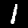
Digit: 1